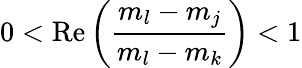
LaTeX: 0<\mathrm{Re}\left(\frac{m_{l}-m_{j}}{m_{l}-m_{k}}\right)<1